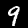
Digit: 9